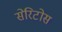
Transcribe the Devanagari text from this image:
सेरिटोस